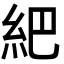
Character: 紦